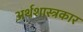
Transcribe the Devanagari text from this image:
अर्थशास्त्रकार